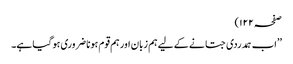
صفحہ ۱۲۲)
’’اب ہمدردی جتانے کے لیے ہم زبان اور ہم قوم ہونا ضروری ہو گیا ہے۔